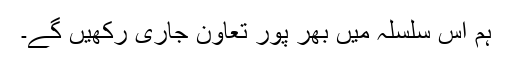
ہم اس سلسلہ میں بھر پور تعاون جاری رکھیں گے۔